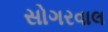
સોગરવાલ